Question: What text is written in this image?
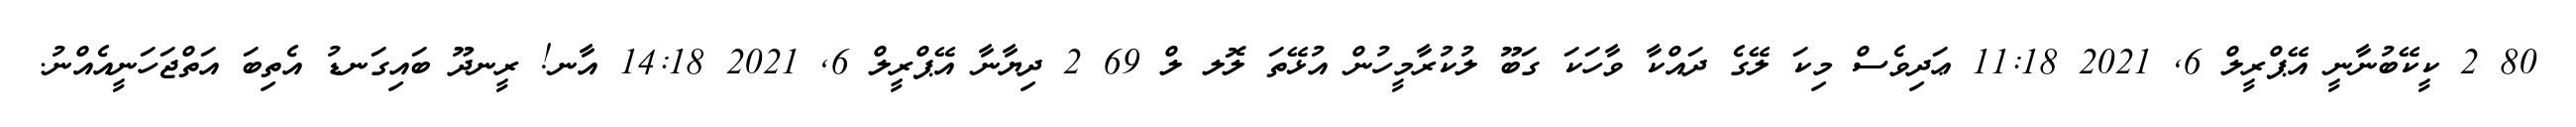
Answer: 80 2 ކީކޭބުނާނީ އޭޕްރީލް 6, 2021 11:18 ޢަދިވެސް މިކަ ލޭގެ ދައްކާ ވާހަކަ ގަބޫ ލުކުރާމީހުން އުޅޭތަ ލޮލ ލް 69 2 ދިޔާނާ އޭޕްރީލް 6, 2021 14:18 އާނ! ރީނދޫ ބައިގަނޑު އެތިބަ އަތްޖަހަނީއެއްނު.